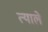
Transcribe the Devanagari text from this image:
त्याले